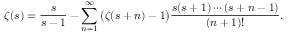
\zeta ( s ) = { \frac { s } { s - 1 } } - \sum _ { n = 1 } ^ { \infty } { \bigl ( } \zeta ( s + n ) - 1 { \bigr ) } { \frac { s ( s + 1 ) \cdots ( s + n - 1 ) } { ( n + 1 ) ! } } .